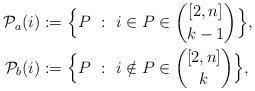
LaTeX: \begin{align*}\mathcal P_a(i) :=\ &\Big\{P\ :\ i\in P\in {[2,n]\choose k-1}\Big\},\\\mathcal P_b(i) :=\ &\Big\{P \ :\ i\notin P \in {[2,n]\choose k}\Big\},\end{align*}